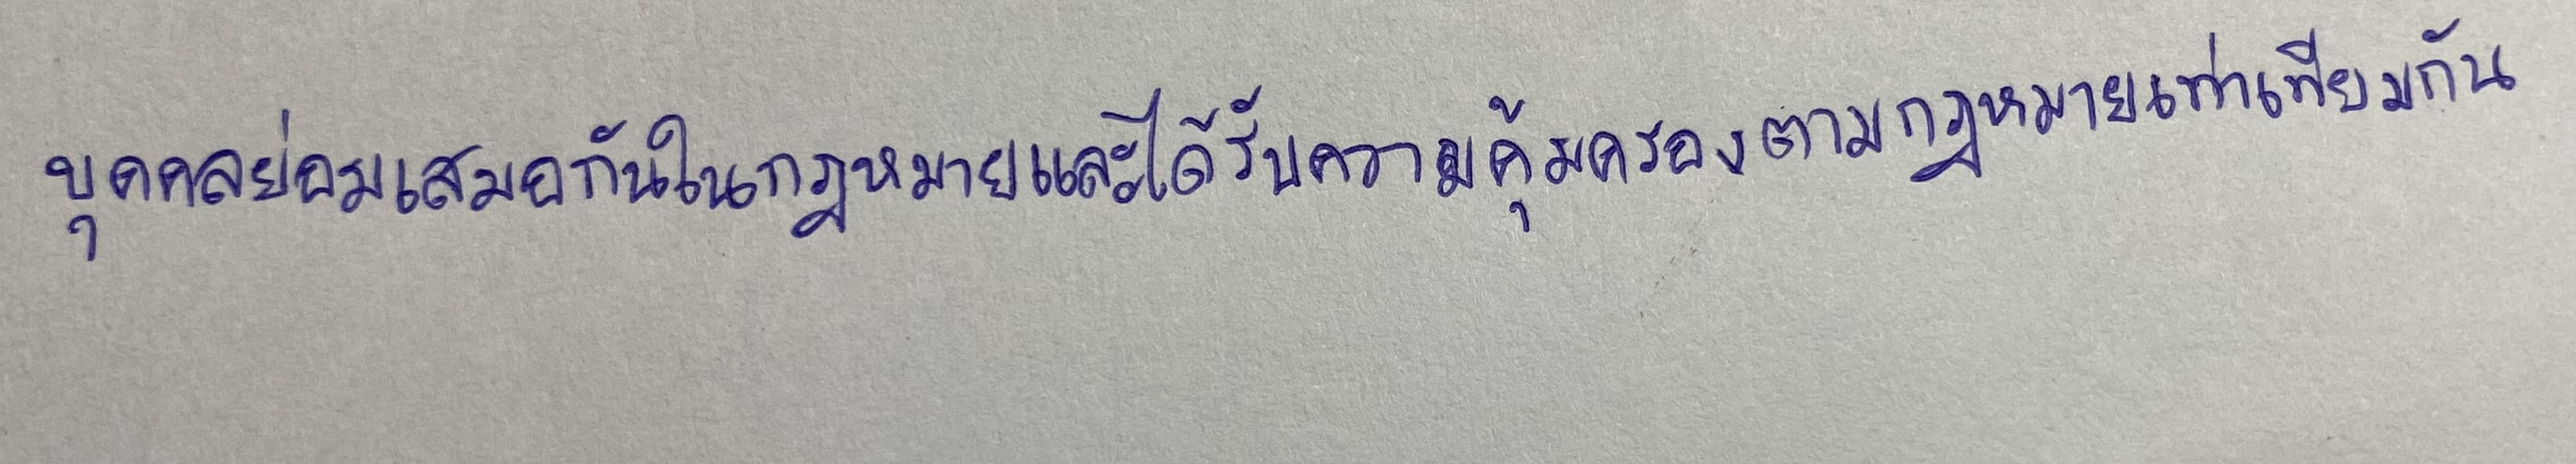
บุคคลย่อมเสมอกันในกฎหมายและได้รับความคุ้มครองตามกฎหมายเท่าเทียมกัน